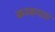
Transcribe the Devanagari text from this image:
करकपात